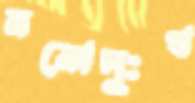
মনোদুঃখ